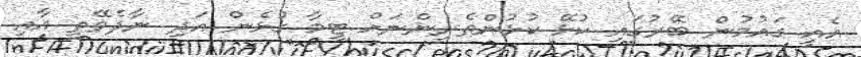
އެއީ ގައުމުން ބޭރުގައި ކުޅޭ ކުޅުންތެރިންނަށް ޓީމާ ގުޅެން އަދި ނާދެވޭތީ އާއި